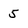
Character: 5